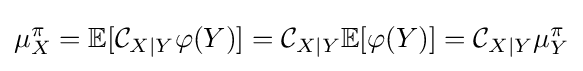
\mu _{X}^{\pi }=\mathbb {E} [{\mathcal {C}}_{X\mid Y}\varphi (Y)]={\mathcal {C}}_{X\mid Y}\mathbb {E} [\varphi (Y)]={\mathcal {C}}_{X\mid Y}\mu _{Y}^{\pi }